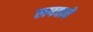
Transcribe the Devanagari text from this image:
लपवावे